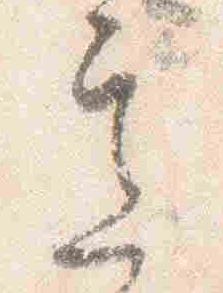
意